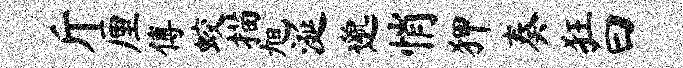
斤厘傅蛟描旭涎邈悄狎奏狂曰